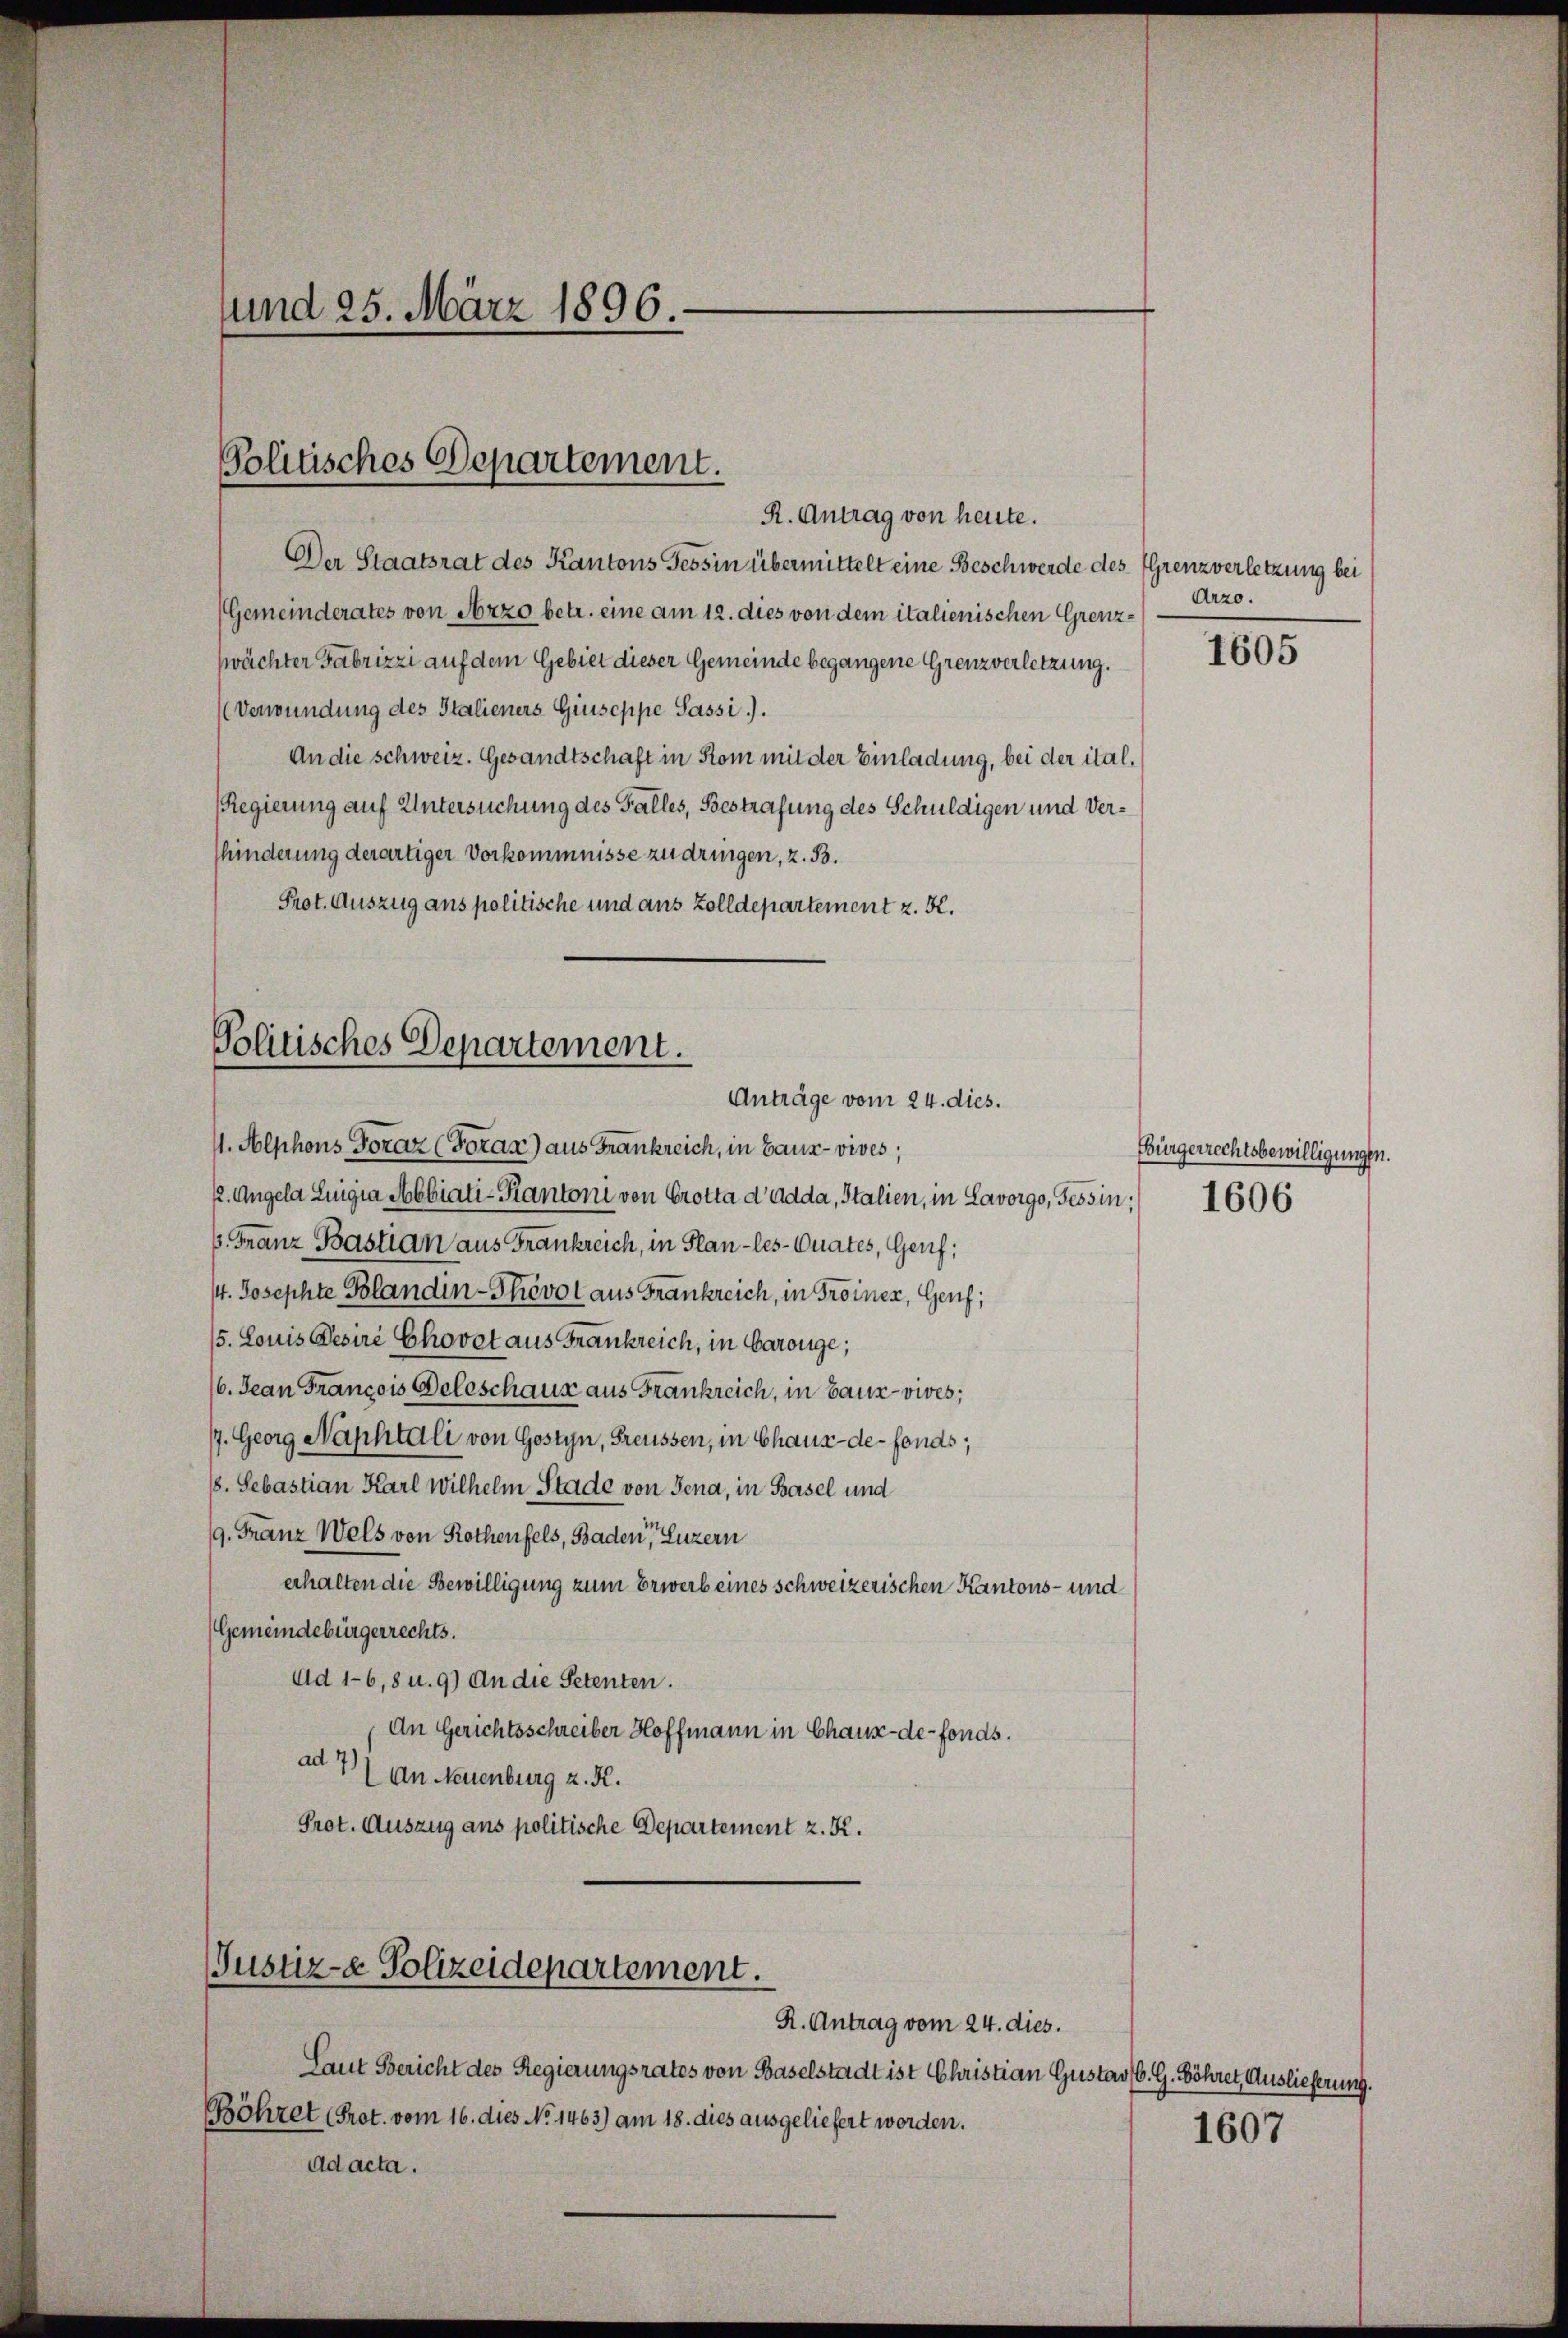
Der Staatsrat des Kantons Tessin übermittelt eine Beschwerde des Grenzverletzung bei
(Gemeinderates von Arzo betr. eine am 12. dies von dem italienischen Grenzwächter Fabrizzi auf dem Gebiet dieser Gemeinde begangene Grenzverletzung.
Verwundung des Italieners Giuseppe Passi.).
An die schweiz. Gesandtschaft in Rom mit der Einladung, bei der ital¬
Regierung auf Untersuchung des Falles, Bestrafung des Schuldigen und Verhinderung derartiger Vorkommnisse zu dringen, z. B.
Prot. Auszug aus politische und aus Zolldepartement z. K.
Politisches Departement.

und 25. März 1896.

Politisches Departement.
R. Antrag von heute.

Anträge vom 24. dies.

Justiz-e Polizeidepartement.

1. Alphons Toraz (Foran) aus Frankreich, in Baus- vives;
22. Augela Luigia Abbiati-Kantoni von Crotta d’adda, Italien, in Lavorgo, Tessin:/ 1606
p. Franz Bastian aus Frankreich, in Plan -les-Quates, Genf;
/4. Josephte Blandin-Thevot aus Frankreich, in Troiner, Genf;
/5. Louis Desire Chovet aus Frankreich, in barouge;
/6. Jean Francois Beleschaus aus Frankreich, in Bauz-vives;
/7. Georg Naphtali von Gostyn, Freussen, in Chaux-de-Fonds;
6. Sebastian Karl Wilhelm Stade von Jena, in Basel und
19. Franz Wels von Rothenfels, Baden, Luzern
erhalten die Bewilligung zum Erwerb eines schweizerischen Kantons- und
Gemeindebürgerrechts.
Ad 1-6,8 u. 9) An die Petenten.
An Gerichtsschreiber Hoffmann in Chaux-de-Fonds.
ad 7) an Neuenburg z. R.
Prot. Auszug aus politische Departement z. K.

Laut Bericht des Regierungsrates von Baselstadt ist Christian Gustav 6. G. Böhret, Auslieferung.
Böhret Prot. vom 16. dies No 1463) am 18. dies ausgeliefert worden.
ad acta.

R. Antrag vom 24. dies.

Arzo.

1605

Bürgerrechtsbewilligungen.

1607